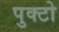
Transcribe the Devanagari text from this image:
पुक्टो